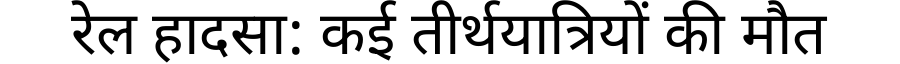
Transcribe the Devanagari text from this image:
रेल हादसा: कई तीर्थयात्रियों की मौत